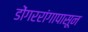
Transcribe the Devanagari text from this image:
डोंगररांगापासून